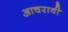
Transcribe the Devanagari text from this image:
आचरावी